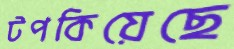
টপকিয়েছে